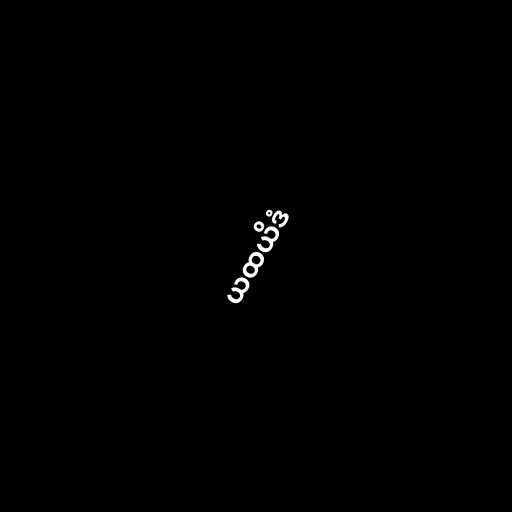
ယထယိဒံ